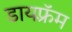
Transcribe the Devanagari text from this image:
डायफ़्रॅम